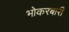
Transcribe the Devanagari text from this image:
भोकरबारी